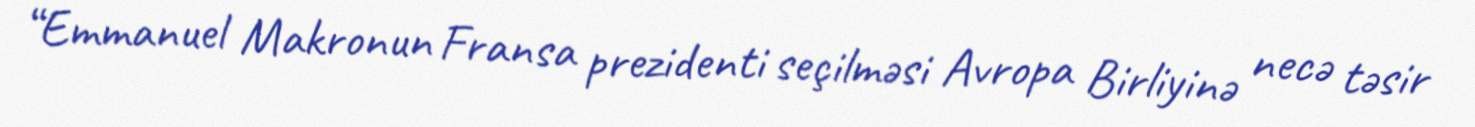
“Emmanuel Makronun Fransa prezidenti seçilməsi Avropa Birliyinə necə təsir